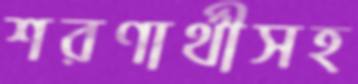
শরণার্থীসহ